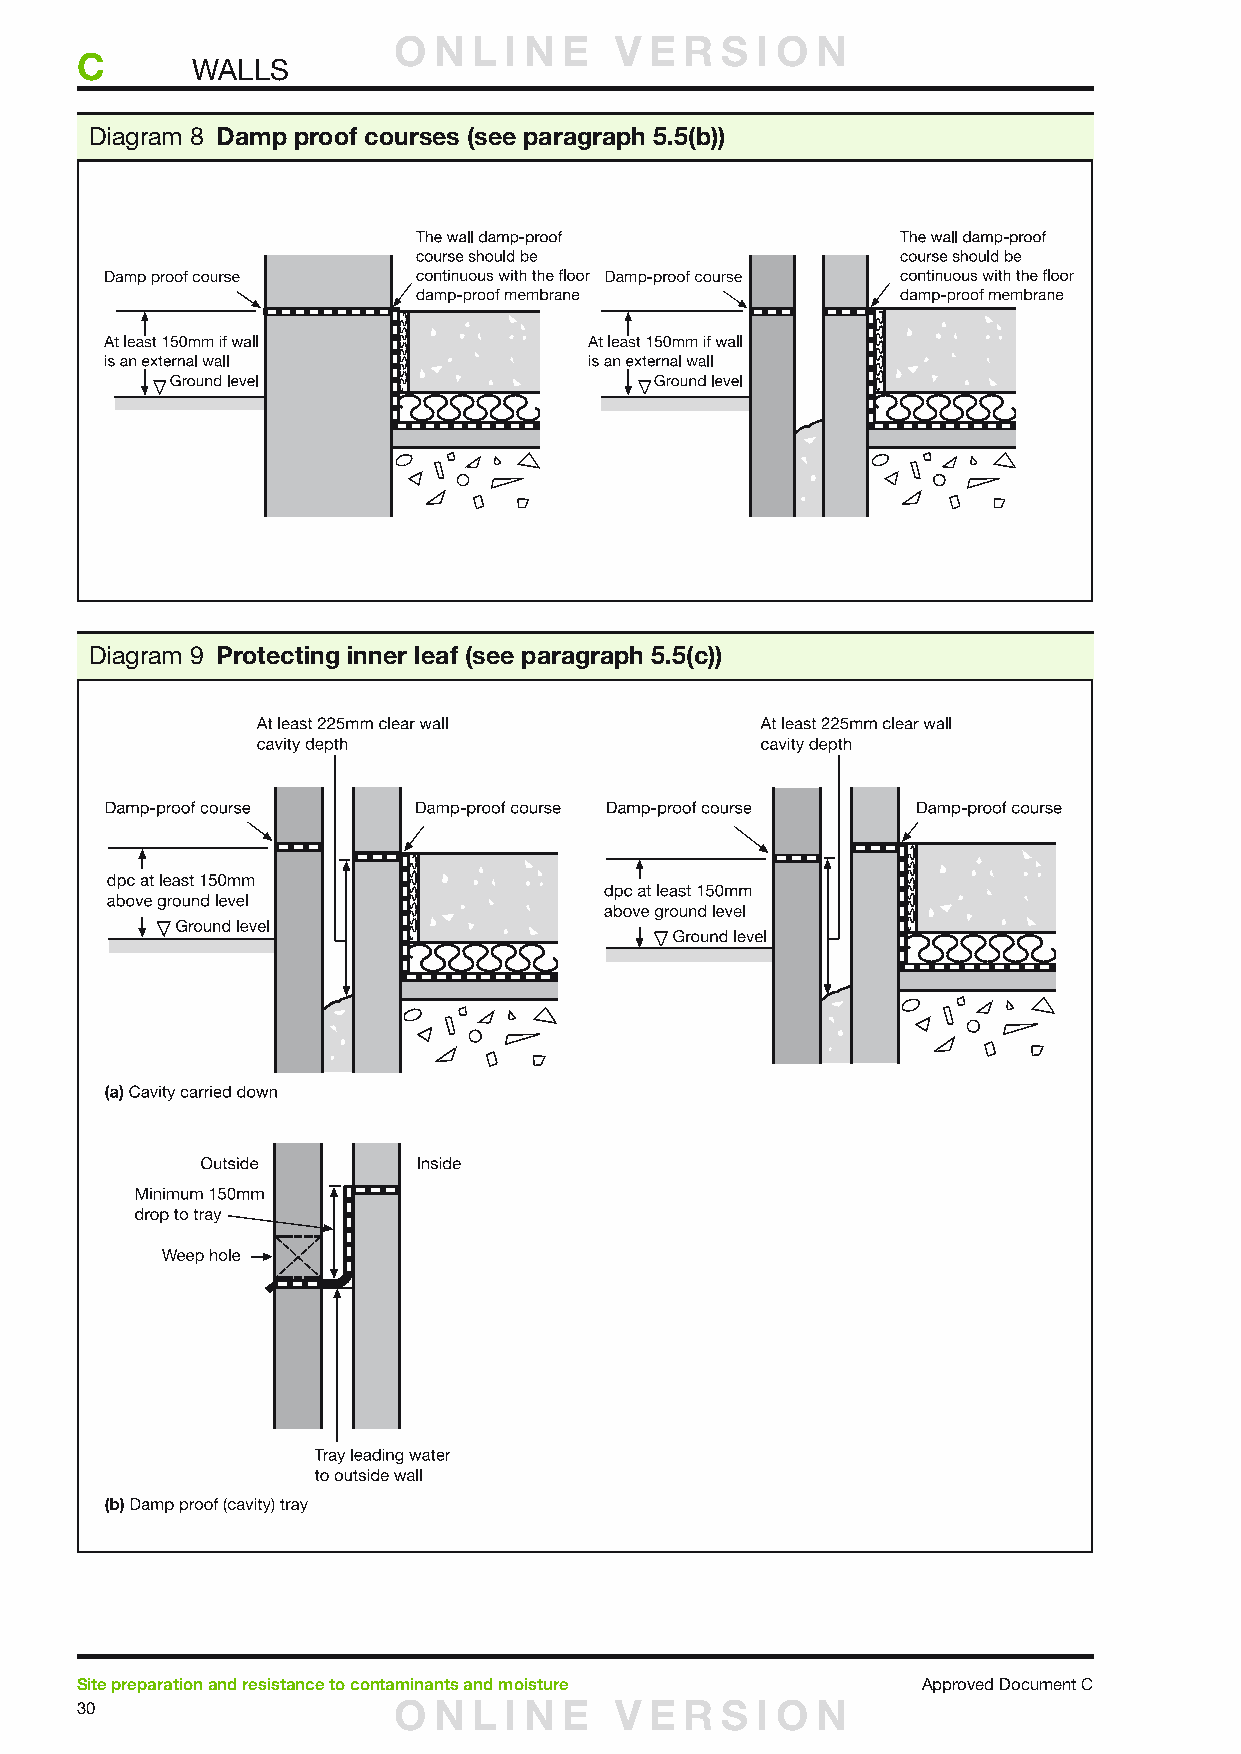
O  N L I N E   V E R  S I O N
 C
 WALLS
 Diagram 8 Damp proof courses (see paragraph 5.5(b))
 Diagram 9 Protecting inner leaf (see paragraph 5.5(c))
 Site preparation and resistance to contaminants and moisture Approved Document C
 30                   O  N L I N E   V E R  S I O N